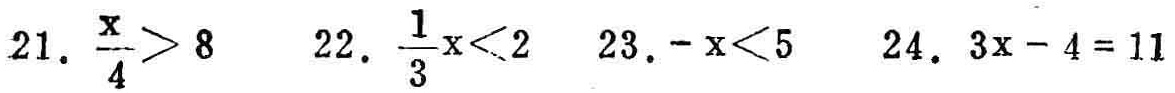
21. \(\frac{x}{4}>8\)  22. \(\frac{1}{3}x<2\)  23. \(-x<5\)  24. \(3x - 4 = 11\)